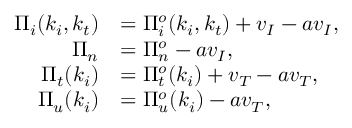
\begin{array} { r l } { \Pi _ { i } ( k _ { i } , k _ { t } ) } & { = \Pi _ { i } ^ { o } ( k _ { i } , k _ { t } ) + v _ { I } - a v _ { I } , } \\ { \Pi _ { n } } & { = \Pi _ { n } ^ { o } - a v _ { I } , } \\ { \Pi _ { t } ( k _ { i } ) } & { = \Pi _ { t } ^ { o } ( k _ { i } ) + v _ { T } - a v _ { T } , } \\ { \Pi _ { u } ( k _ { i } ) } & { = \Pi _ { u } ^ { o } ( k _ { i } ) - a v _ { T } , } \end{array}